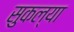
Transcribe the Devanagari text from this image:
सुकल्या